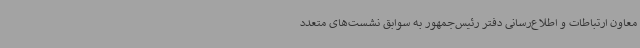
معاون ارتباطات و اطلاع‌رسانی دفتر رئیس‌جمهور به سوابق نشست‌های متعدد